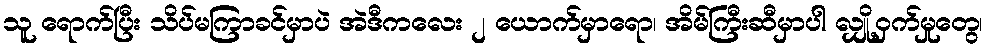
သူ ရောက်ပြီး သိပ်မကြာခင်မှာပဲ အဲဒီကလေး ၂ ယောက်မှာရော၊ အိမ်ကြီးဆီမှာပါ လျှို့ဝှက်မှုတွေ၊